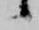
候